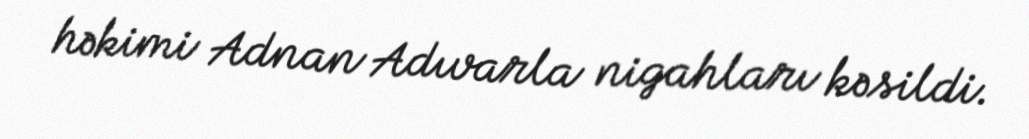
həkimi Adnan Adıvarla nigahları kəsildi.